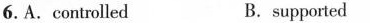
6.A. controlled B.supported